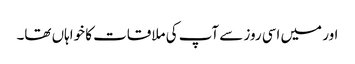
اور میں اسی روز سے آپ کی ملاقات کا خواہاں تھا۔